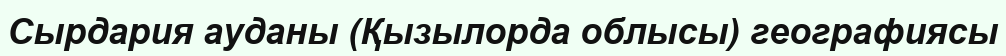
Сырдария ауданы (Қызылорда облысы) географиясы